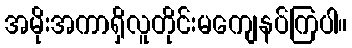
အမိုးအကာရှိလူတိုင်းမကျေနပ်ကြပါ။